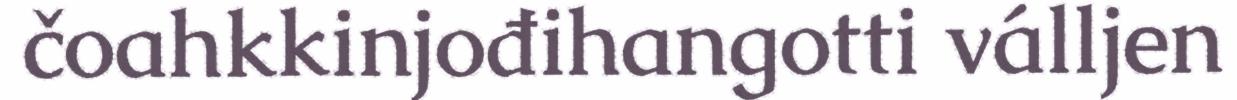
čoahkkinjođihangotti válljen